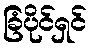
ခြံပိုင်ရှင်